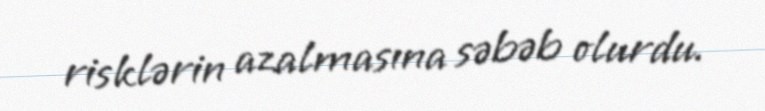
risklərin azalmasına səbəb olurdu.